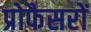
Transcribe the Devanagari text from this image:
प्रोफैसरों